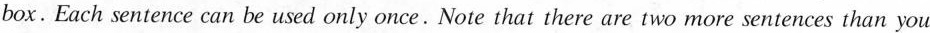
box. Each sentence can be used only once.Note that there are two more sentences than you